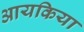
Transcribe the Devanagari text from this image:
आयकिया